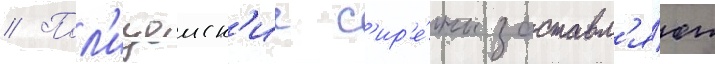
// Пол'ицеиск'ие с'ир'е́ны заставл'я́ют